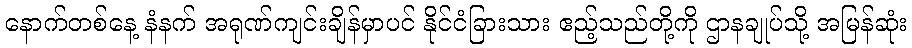
နောက်တစ်နေ့ နံနက် အရုဏ်ကျင်းချိန်မှာပင် နိုင်ငံခြားသား ဧည့်သည်တို့ကို ဌာနချုပ်သို့ အမြန်ဆုံး